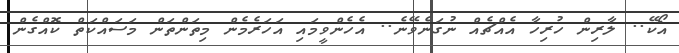
އޯކޭ.. ލާރިން ހުރިހާ އެއްޗެއް ނުގަނެވޭނެ.. އެހެންވީމައި އަހަރެމެން މިތަންތަން މަސައްކަތް ކޮއްގެން